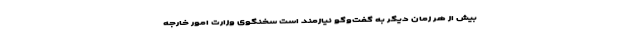
بیش از هر زمان دیگر به گفت‌وگو نیازمند است سخنگوی وزارت امور خارجه